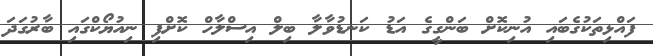
ފައްޅިތަކުގެބައި އުނިކޮށް ބަންގީގެ އަޑު ކަނޑުވާލާ ބިލް އިސްލާހް ކޮށްފި ނިއުޔޯކްގައި ބާރުގަދަ